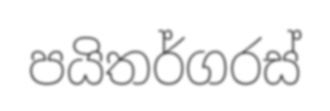
පයිතර්ගරස්